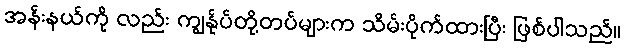
အန်းနယ်ကို လည်း ကျွန်ုပ်တို့တပ်များက သိမ်းပိုက်ထားပြီး ဖြစ်ပါသည်။